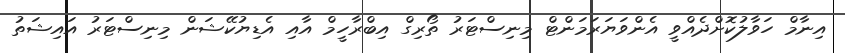
އިނާމް ހަވާލުކޮށްދެއްވީ އެންވަޔަރަމަންޓް މިނިސްޓަރު ތޯރިގް އިބްރާހީމް އާއި އެޑިޔުކޭޝަން މިނިސްޓަރު އައިޝަތު